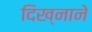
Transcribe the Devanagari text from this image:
दिख्नाने